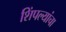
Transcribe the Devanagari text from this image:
शिंपल्यांचा